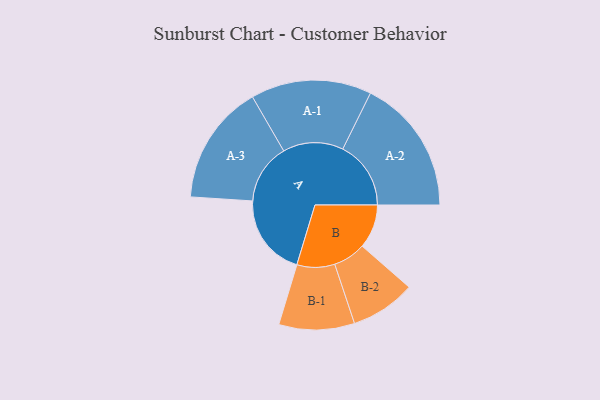
{"axis": {"x": "Segment", "y": "Value"}, "legend": ["", "A", "B"], "data": [{"x": "A", "y": 361, "type": ""}, {"x": "B", "y": 193, "type": ""}, {"x": "A-1", "y": 265, "type": "A"}, {"x": "A-2", "y": 299, "type": "A"}, {"x": "A-3", "y": 264, "type": "A"}, {"x": "B-1", "y": 166, "type": "B"}, {"x": "B-2", "y": 143, "type": "B"}]}